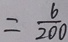
= \frac { 6 } { 2 0 0 }